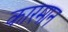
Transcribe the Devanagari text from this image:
कारमान